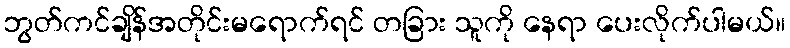
ဘွတ်ကင်ချိန်အတိုင်းမရောက်ရင် တခြား သူကို နေရာ ပေးလိုက်ပါမယ်။